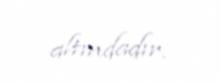
altındadır.